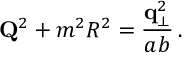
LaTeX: { \bf Q } ^ { 2 } + m ^ { 2 } R ^ { 2 } = { \frac { { \bf q } _ { \perp } ^ { 2 } } { a b } } \, .